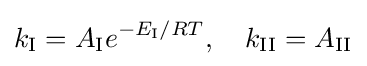
k_{\rm {I}}=A_{\rm {I}}e^{-E_{\rm {I}}/RT},\quad k_{\rm {II}}=A_{\rm {II}}